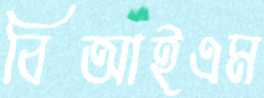
বিআইএম